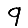
Digit: 9